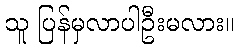
သူ ပြန်မှလာပါဦးမလား။